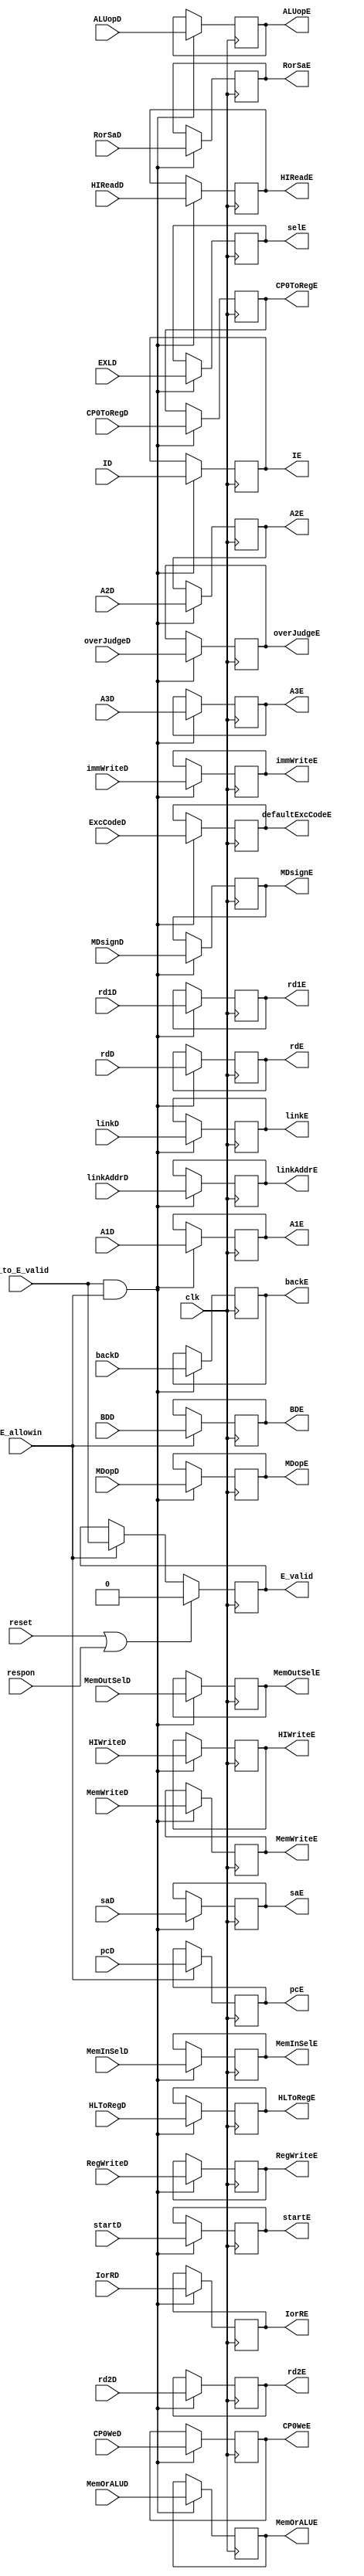
`timescale 1ns / 1ps
//////////////////////////////////////////////////////////////////////////////////
// Company: 
// Engineer: 
// 
// Design Name: 
// Module Name:    E 
// Project Name: 
// Target Devices: 
// Tool versions: 
// Description: 
//
// Dependencies: 
//
// Revision: 
// Revision 0.01 - File Created
// Additional Comments: 
//
//////////////////////////////////////////////////////////////////////////////////
module E(
	input clk,
	input reset,
	input respon,
	input E_allowin,
	input D_to_E_valid,
	input linkD,
	input RegWriteD,
	input MemWriteD,
	input MemOrALUD,
	input IorRD,
	input RorSaD,
	input [2:0] MemOutSelD,
	input [1:0] MemInSelD,
	input [3:0] ALUopD,
	input overJudgeD,
	input [31:0] linkAddrD,
	input [31:0] ID,
	input [31:0] rd1D,
	input [31:0] rd2D,
	input [31:0] pcD,
	input [4:0] A1D,
	input [4:0] A2D,
	input [4:0] rdD,
	input [4:0] saD,
	input [4:0] A3D,
	input startD,
	input immWriteD,
	input HIWriteD,
	input HLToRegD,
	input HIReadD,
	input [1:0] MDopD,
	input MDsignD,
	input EXLD,
	input [4:0] ExcCodeD,
	input BDD,
	input CP0WeD,
	input CP0ToRegD,
	input backD,
	output reg E_valid,
	output linkE,
	output RegWriteE,
	output MemWriteE,
	output MemOrALUE,
	output IorRE,
	output RorSaE,
	output [2:0] MemOutSelE,
	output [1:0] MemInSelE,
	output [3:0] ALUopE,
	output overJudgeE,
	output [31:0] linkAddrE,
	output [31:0] IE,
	output [31:0] rd1E,
	output [31:0] rd2E,
	output [31:0] pcE,
	output [4:0] A1E,
	output [4:0] A2E,
	output [4:0] rdE,
	output [4:0] saE,
	output [4:0] A3E,
	output startE,
	output immWriteE,
	output HIWriteE,
	output HLToRegE,
	output HIReadE,
	output [1:0] MDopE,
	output MDsignE,
	output selE,
	output [4:0] defaultExcCodeE,
	output BDE,
	output CP0WeE,
	output CP0ToRegE,
	output backE
    );
	
	reg r_link, r_RegWrite, r_MemWrite, r_MemOrALU, r_IorR, r_RorSa;
	reg [2:0] r_MemOutSel;
	reg [1:0] r_MemInSel;
	reg [3:0] r_ALUop;
	reg r_overJudge;
	reg [31:0] r_linkAddr, r_I, r_rd1, r_rd2, r_pc;
	reg [4:0] r_A1, r_A2, r_A3, r_rd, r_sa;
	reg r_start, r_immWrite, r_HIWrite, r_HLToReg, r_HIRead;
	reg [1:0] r_MDop;
	reg r_MDsign;
	reg r_sel, r_BD, r_CP0We, r_CP0ToReg, r_back;
	reg [4:0] r_ExcCode;

	always@(posedge clk) begin
		if(reset || respon) begin
			E_valid <= 0;
		end
		else if(E_allowin) begin
			E_valid <= D_to_E_valid;
		end

		if(D_to_E_valid && E_allowin) begin
			r_link <= linkD;
			r_ALUop <= ALUopD;
			r_overJudge <= overJudgeD;
			r_RegWrite <= RegWriteD;
			r_MemWrite <= MemWriteD;
			r_A1 <= A1D;
			r_A2 <= A2D;
			r_rd <= rdD;
			r_sa <= saD;
			r_A3 <= A3D;
			r_HLToReg <= HLToRegD;
			r_immWrite <= immWriteD;
			r_start <= startD;
			r_sel <= EXLD;
			r_ExcCode <= ExcCodeD;
			r_CP0We <= CP0WeD;
			r_CP0ToReg <= CP0ToRegD;
			r_back <= backD;
			r_MemOrALU <= MemOrALUD;
			r_IorR <= IorRD;
			r_RorSa <= RorSaD;
			r_linkAddr <= linkAddrD;
			r_I <= ID;
			r_rd1 <= rd1D;
			r_rd2 <= rd2D;
			r_MemOutSel <= MemOutSelD;
			r_MemInSel <= MemInSelD;
			r_HIWrite <= HIWriteD;
			r_HIRead <= HIReadD;
			r_MDop <= MDopD;
			r_MDsign <= MDsignD;
		end
		
		if(E_allowin) begin
			r_pc <= pcD;
			r_BD <= BDD;
		end
	end
	
	assign linkE = r_link;
	assign RegWriteE = r_RegWrite;
	assign MemWriteE = r_MemWrite;
	assign MemOrALUE = r_MemOrALU;
	assign IorRE = r_IorR;
	assign RorSaE = r_RorSa;
	assign MemOutSelE = r_MemOutSel;
	assign MemInSelE = r_MemInSel;
	assign ALUopE = r_ALUop;
	assign overJudgeE = r_overJudge;
	assign linkAddrE = r_linkAddr;
	assign IE = r_I;
	assign rd1E = r_rd1;
	assign rd2E = r_rd2;
	assign pcE = r_pc;
	assign A1E = r_A1;
	assign A2E = r_A2;
	assign rdE = r_rd;
	assign saE = r_sa;
	assign A3E = r_A3;
	assign startE = r_start;
	assign immWriteE = r_immWrite;
	assign HIWriteE = r_HIWrite;
	assign HLToRegE = r_HLToReg;
	assign HIReadE = r_HIRead;
	assign MDopE = r_MDop;
	assign MDsignE = r_MDsign;
	assign selE = r_sel;
	assign defaultExcCodeE = r_ExcCode;
	assign BDE = r_BD;
	assign CP0WeE = r_CP0We;
	assign CP0ToRegE = r_CP0ToReg;
	assign backE = r_back;
	
endmodule